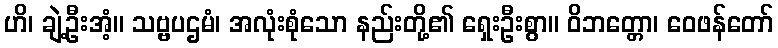
ဟိ၊ ချဲ့ဦးအံ့။ သဗ္ဗပဌမံ၊ အလုံးစုံသော နည်းတို့၏ ရှေးဦးစွာ။ ဝိဘတ္တော၊ ဝေဖန်တော်